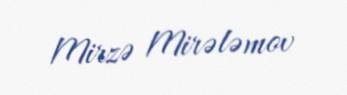
Mirzə Mirələmov